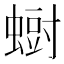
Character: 𮔨